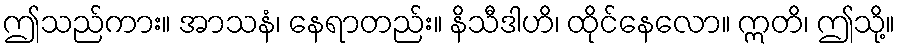
ဤသည်ကား။ အာသနံ၊ နေရာတည်း။ နိသီဒါဟိ၊ ထိုင်နေလော။ ဣတိ၊ ဤသို့။